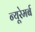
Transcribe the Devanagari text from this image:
न्यूरेमर्ब